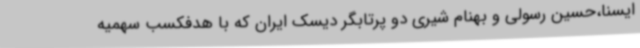
ایسنا،حسین رسولی و بهنام شیری دو پرتابگر دیسک ایران که با هدفکسب سهمیه